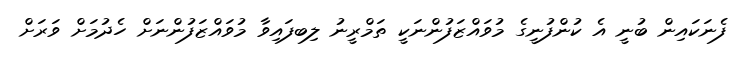
ފެނަކައިން ބުނީ އެ ކުންފުނީގެ މުވައްޒަފުންނަކީ ތަމްރީނު ލިބފައިވާ މުވައްޒަފުންނަށް ހެދުމަށް ވަރަށް